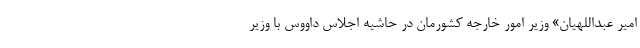
امیر عبداللهیان» وزیر امور خارجه کشورمان در حاشیه اجلاس داووس با وزیر